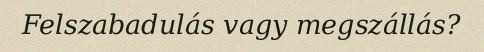
Felszabadulás vagy megszállás?